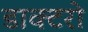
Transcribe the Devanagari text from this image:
डाक्टरो